Report of the King Institute of Preventive Medicine, Guindy
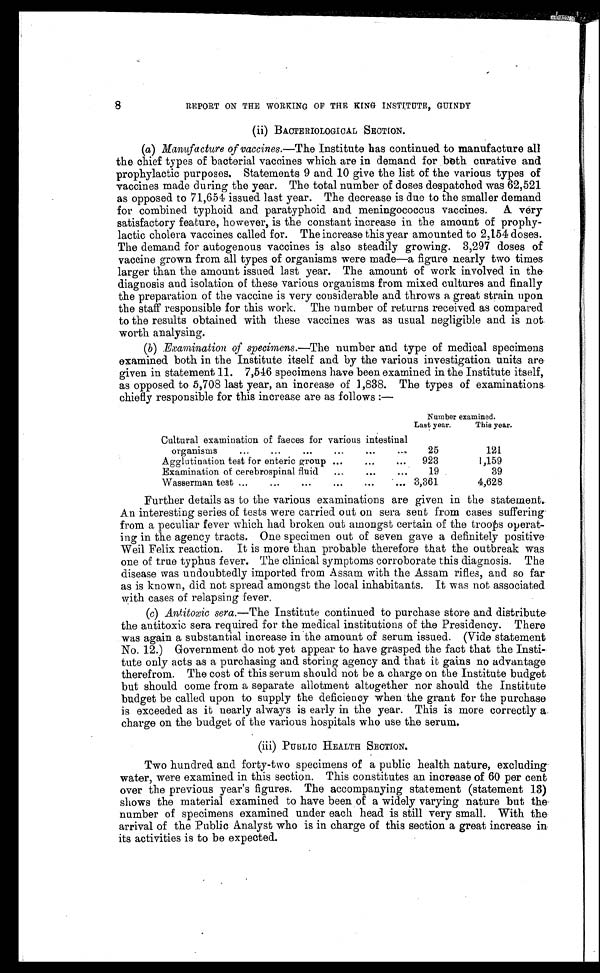
8
REPORT ON THE WORKING OF THE KING INSTITUTE, GUINDY
(ii) BACTERIOLOGICAL SECTION.
(a) Manufacture of vaccines.—The Institute has continued to manufacture all
the chief types of bacterial vaccines which are in demand for both curative and
prophylactic purposes. Statements 9 and 10 give the list of the various types of
vaccines made during the year. The total number of doses despatched was 62,521
as opposed to 71,654. issued last year. The decrease is due to the smaller demand
for combined typhoid and paratyphoid and meningococcus vaccines. A. very
satisfactory feature, however, is the constant increase in the amount of prophy-
lactic cholera vaccines called for. The increase this year amounted to 2,154 doses.
The demand for autogenous vaccines is also steadily growing. 3,297 doses of
vaccine grown from all types of organisms 'were made—a figure nearly two times
larger than the amount issued last year. The amount of work involved in the
diagnosis and isolation of these various organisms from mixed cultures and finally
the preparation of the vaccine is very considerable and throws a great strain upon
the staff responsible for this work. The number of returns received as compared
to the results obtained with these vaccines was as usual negligible and is not.
worth analysing.
(b) Examination of specimens.—The number and type of medical specimens
examined both in the Institute itself and by the various investigation units are
given in statement 11. 7,546 specimens have been examined in the Institute itself,
as opposed to 5,708 last year, an increase of 1,838. The types of examinations.
chiefly responsible for this increase are as follows :—
Number examined.
Last year.
This year.
Cultural examination of faeces for various intestinal
organisms
...
...
...
. . . 4
...
...
25
121
Agglutination test for enteric group ...
...
. . .
923
1,159
Examination of cerebrospinal fluid
...
...
. . .
19
39
Wasserman test ...
... ...
...
...
...
3,361
4,628
Further details as to the various examinations are given in the statement.
An interesting series of tests were carried out on sera sent from cases suffering
from a peculiar fever which had broken out amongst certain of the troops operat-
ing in the agency tracts. One specimen out of seven gave a definitely positive
Weil Felix reaction. It is more than probable therefore that the outbreak was
one of true typhus fever. The clinical symptoms corroborate this diagnosis. The
disease was undoubtedly imported from Assam with the Assam rifles, and so far
as is known, did not spread amongst the local inhabitants. It was not associated
with cases of relapsing fever.
(c) Antitoxic sera.—The Institute continued to purchase store and distribute
the antitoxic sera required for the medical institutions of the Presidency. There
was again a substantial increase in the amount of serum issued. (Vide statement
No. 12.) Government do not yet appear to have grasped the fact that the Insti-
tute only acts as a purchasing and storing agency and that it gains no advantage
therefrom. The cost of this serum should not be a charge on the Institute budget
but should come from a separate allotment altogether nor should the institute
budget be called upon to supply the deficiency when the grant for the purchase
is exceeded as it nearly always is early in the year. This is more correctly a.
charge on the budget of the various hospitals who use the serum.
(iii) PUBLIC HEALTH SECTION.
Two hundred and forty-two specimens of a public health nature, excluding
water, were examined in this section. This constitutes an increase of 60 per cent
over the previous year's figures. The accompanying statement (statement 13)
shows the material examined to have been of a widely varying nature but the
number of specimens examined under each head is still very small. With the
arrival of the Public Analyst who is in charge of this section a great increase in,
its activities is to be expected.